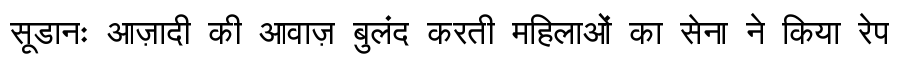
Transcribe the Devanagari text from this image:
सूडानः आज़ादी की आवाज़ बुलंद करती महिलाओं का सेना ने किया रेप